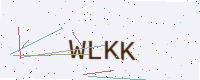
Text: WLKK